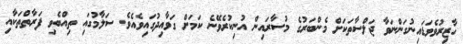
ހާޒިރުވެވަޑައިނުގަންނަވާ ޖަލްސާތަކަށް މެންބަރުގެ މުސާރައިން އުނިކުރެވޭނެ ކަމަށް ގަވާއިދުގައިވެއެވެ. ސަލާމުގައި ތިއްބެވި ފަރާތްތަކާއި